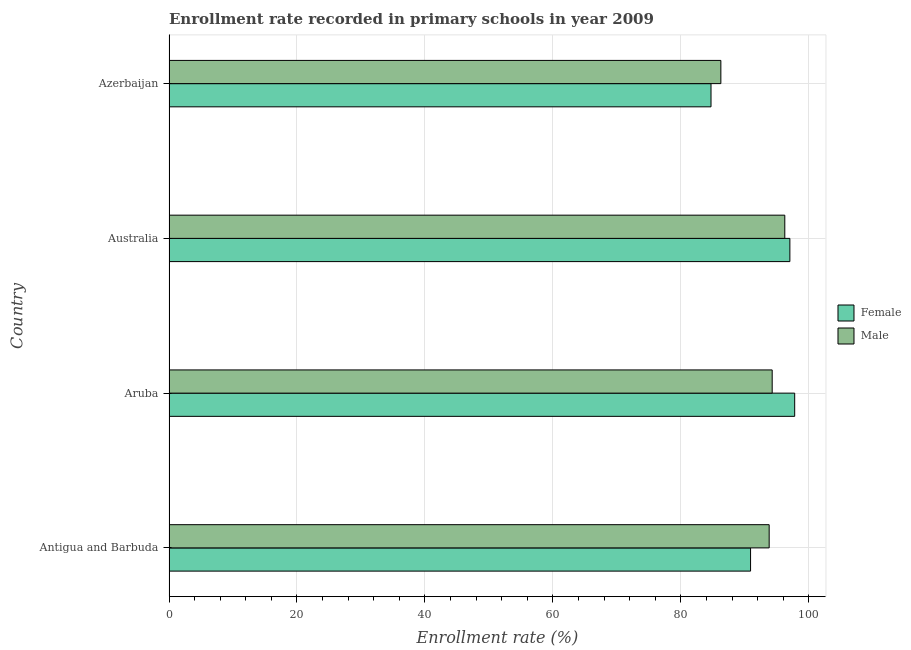
| Country | Female | Male |
 | --- | --- | --- |
 | Antigua and Barbuda | 90.9 | 93.8 |
 | Aruba | 97.8 | 94.3 |
 | Australia | 97 | 96.2 |
 | Azerbaijan | 84.7 | 86.2 |